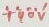
Text: +40V